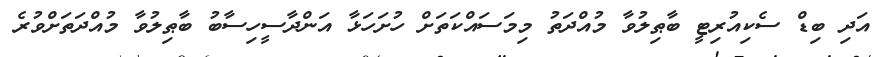
އަދި ބިޑް ސެކިއުރިޓީ ބާޠިލުވާ މުއްދަތު މިމަސައްކަތަށް ހުށަހަޅާ އަންދާސީހިސާބު ބާޠިލުވާ މުއްދަތަށްވުރެ